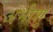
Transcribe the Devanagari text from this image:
अभीशु